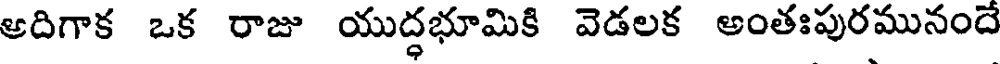
ఆదిగాక ఒక రాజు యుద్ధభూమికి వెడలక అంతఃపురమునందే